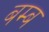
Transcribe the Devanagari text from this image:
बम्‍ब